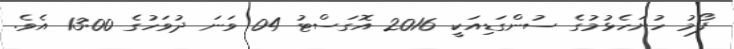
ފޯމު ހުށަހެޅުމުގެ ސުންގަޑިއަކީ 2016 އޮގަސްޓު 04 ވަނަ ދުވަހުގެ 13:00 އެވެ.